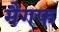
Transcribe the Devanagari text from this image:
मैगफ